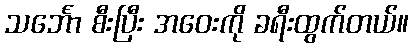
သင်္ဘော စီးပြီး အဝေးကို ခရီးထွက်တယ်။